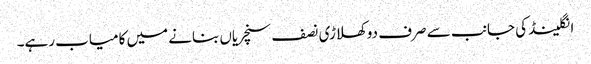
انگلینڈ کی جانب سے صرف دو کھلاڑی نصف سنچریاں بنانے میں کامیاب رہے۔